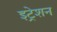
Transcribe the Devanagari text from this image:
इट्रेशन